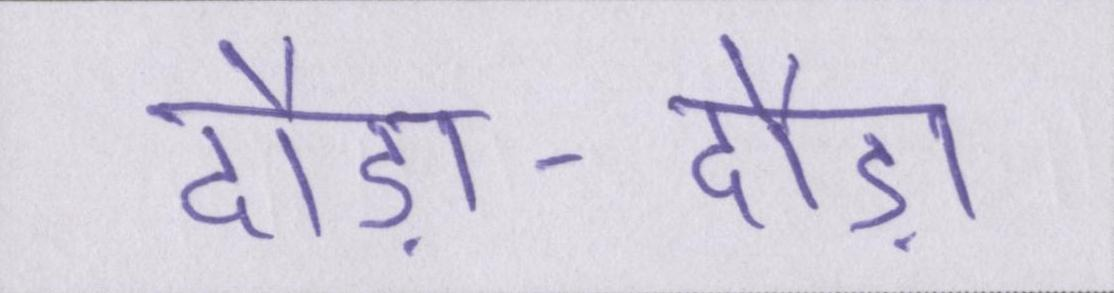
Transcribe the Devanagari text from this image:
दौड़ा-दौड़ा